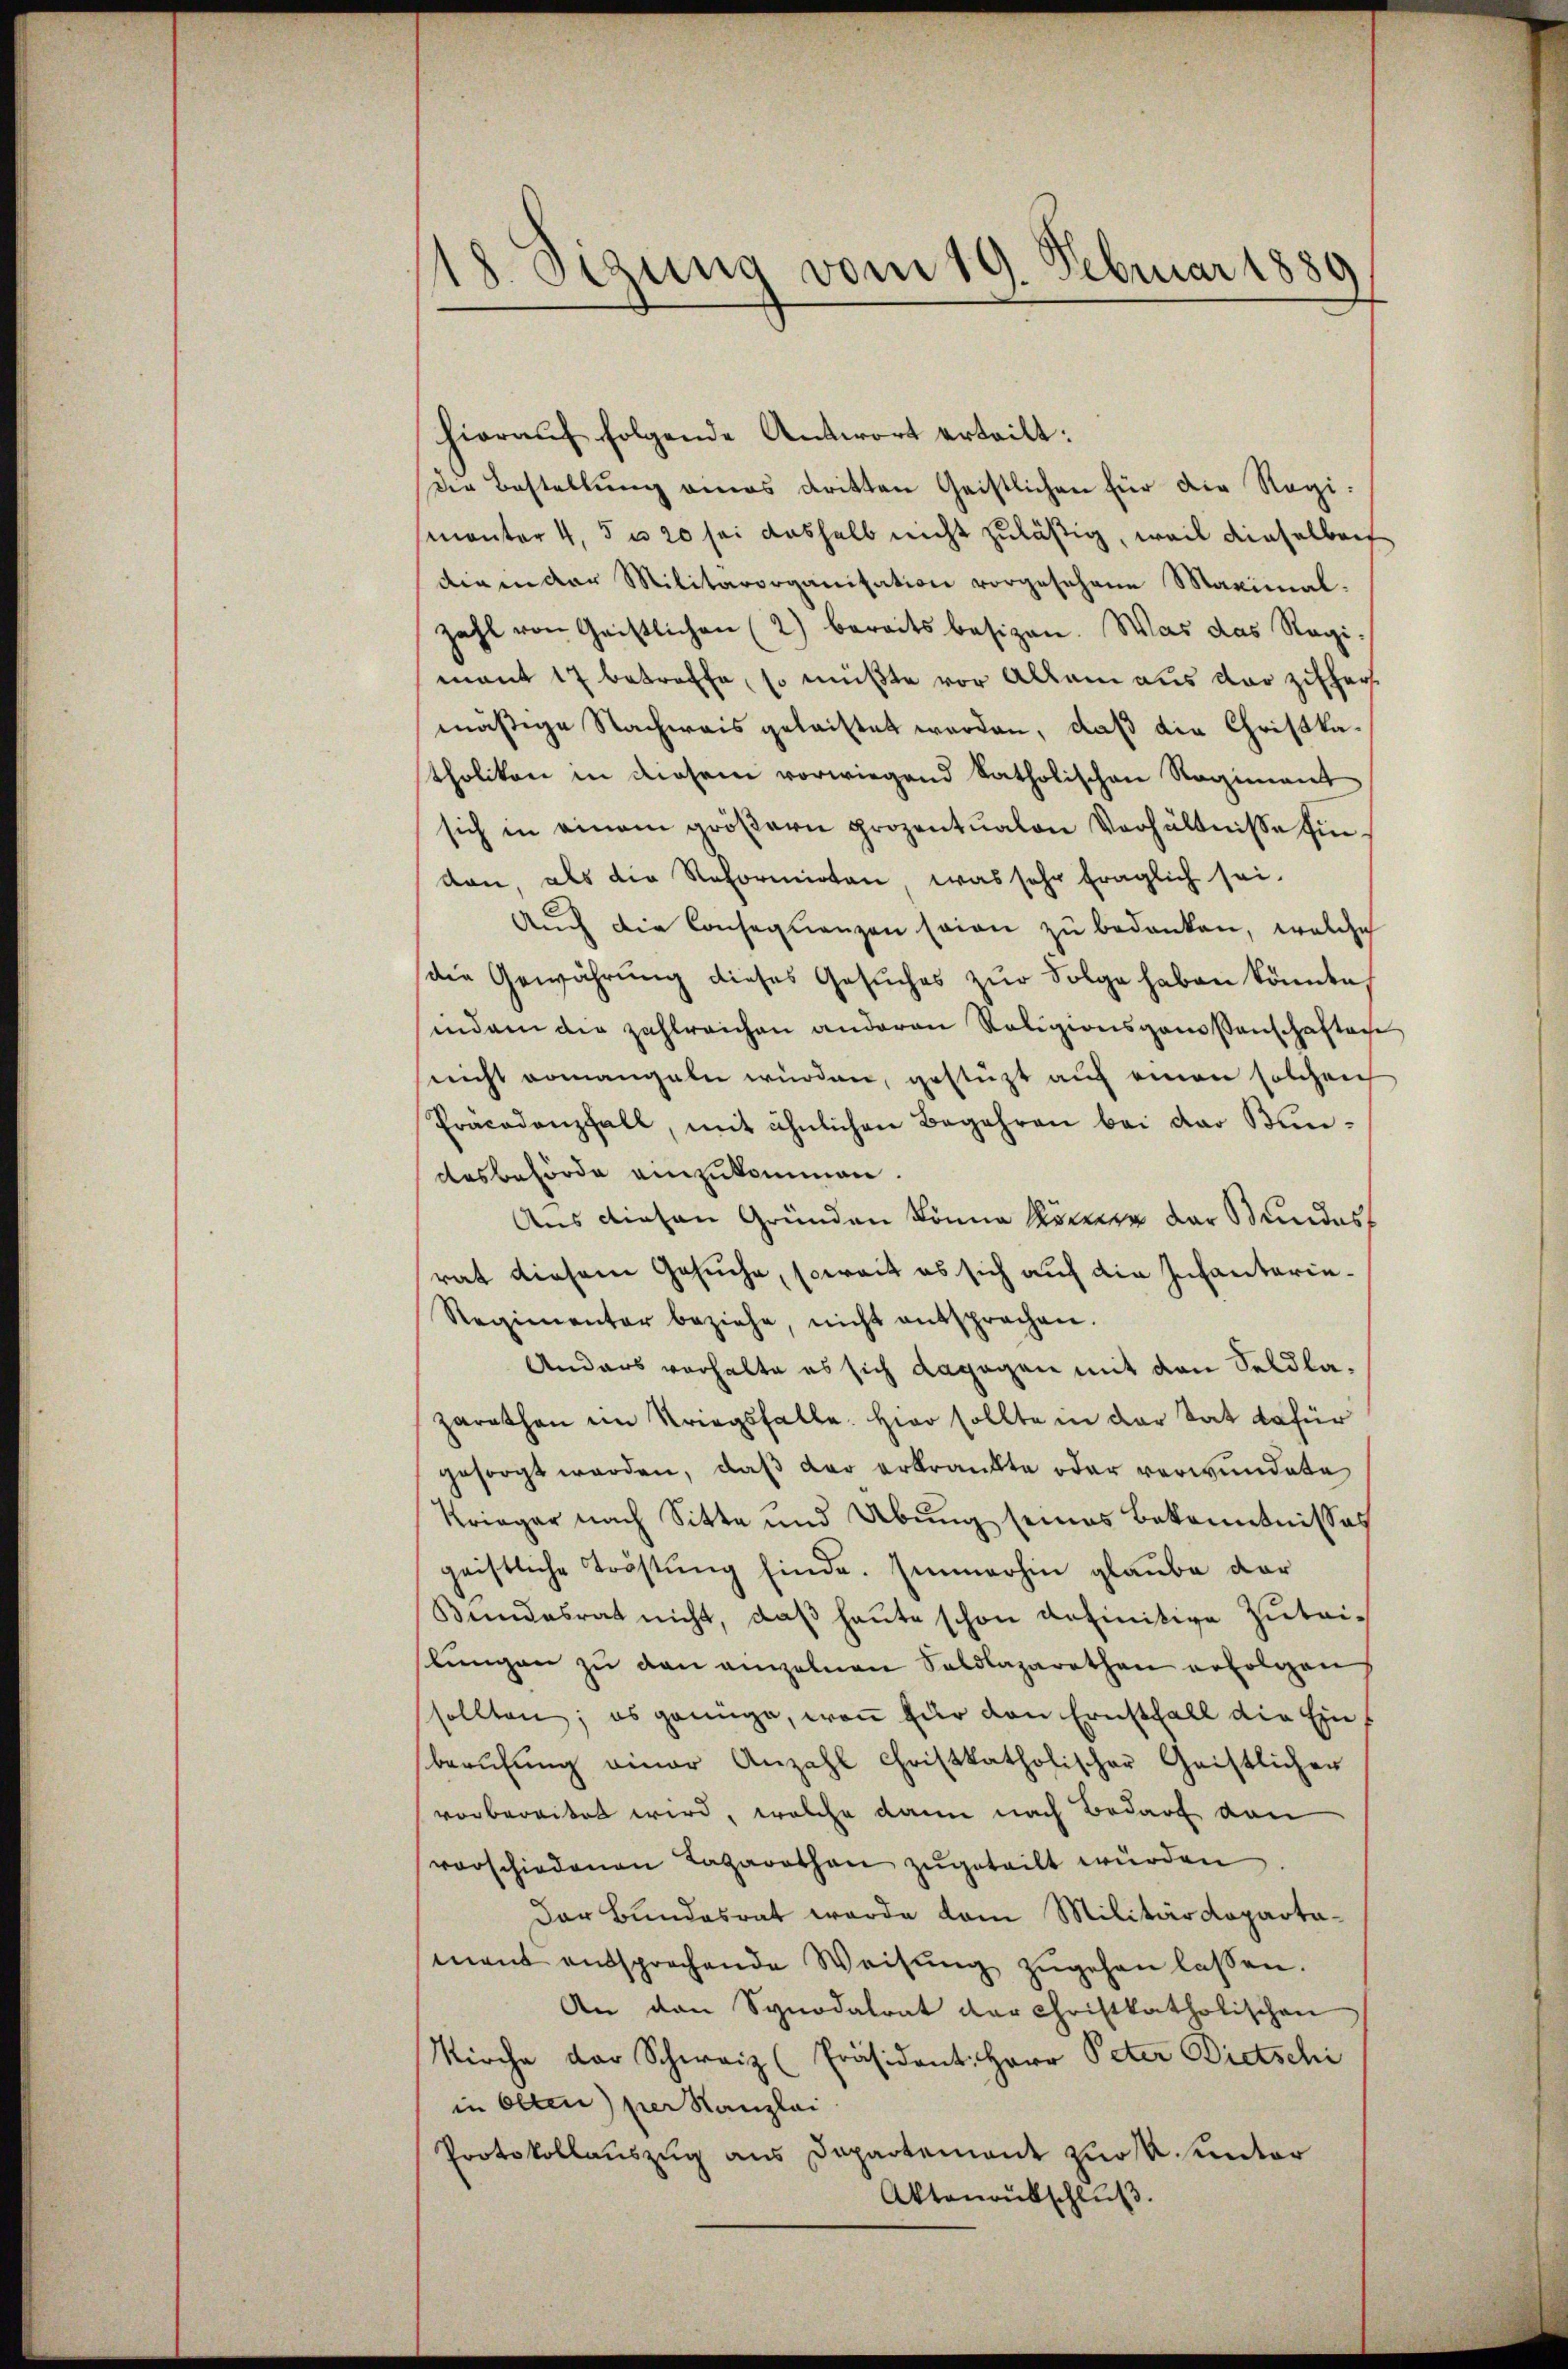
18. Sizung vom 19. Februar 1880

hierauf folgende Antwort erteilt:
Die Bestellung eines dritten Geistlichen für die Regimanter 4, 5 u 20 sei deshalb nicht zuläßig, weil dieselben
die in der Militärorganisation vorgesehene Maximal.
zahl von Geistlichen (2) bereits besizen. Was das Regimant 17 betreffe, so müßte vor Allem aus der Ziffermäßige Nachweis geleistet werden, daß die Christkatholiken in diesem vorwiegend katholischen Regiment
sich in einem gröβern prozentualen Verhältnisse findon als die Reformirten, was sehr fraglich sei.
Auch die Consequenzen seien zu bedanken, welche
die Gewährung dieses Gesŭches zŭr Folge haben könnte,
sindem die zahlreichen anderen Religionsgenossenschaften
nicht romangeln würden, gestützt auf einen solchen
Präcadanzfall, mit ähnlichen Begehren bei der Bundesbehörde einzukommen
Aus diesen Gründen könne können der Stundes
rat diesem Gesuche, soweit es sich auf die Infantarie.
Regimentar beziehe, nicht entsprechen.
Anders verhalte es sich dagegen mit den Seldlazarethan im Kriegsfalle. Hier sollte in der tat dafür
gesorgt werden, daß der erkränkte oder verwundete
Krieger nach Sitte und Übung seines Bekanntnisses
geistliche Tröstung finde. Immerhin glaube dar
Bundesrat nicht, daβ heute schon definitive Zutrilŭngen zu den einzelnen Soldlazarethen erfolgen,
sollten; es genüge, wenn für den Ernsthall die Ein
berufung einer Anzahl Christkatholischer Geistlicher
vorbereitet wird, welche dann nach Bedarf von
vorschiedenen Lazarethan zugeteilt würden
Der Bundesrat wurde vom Militärdeparta-
mant entsprechende Weisŭng zŭgehen lassen.
An den Synodalrat der Christkatholischen
Kirche der Schweiz (Präsident: Herr Peter Dietschi
in Olten) per Kanzlei
Protokollauszug aus Dapartement zuos. unter
Aktenantschlŭβ